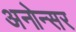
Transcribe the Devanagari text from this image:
अनोन्सर